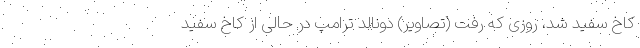
کاخ سفید شد، روزی که رفت (تصاویر) دونالد ترامپ در حالی از کاخ سفید